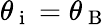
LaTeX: \theta_{\mathrm{~i~}}=\theta_{\mathrm{~B~}}